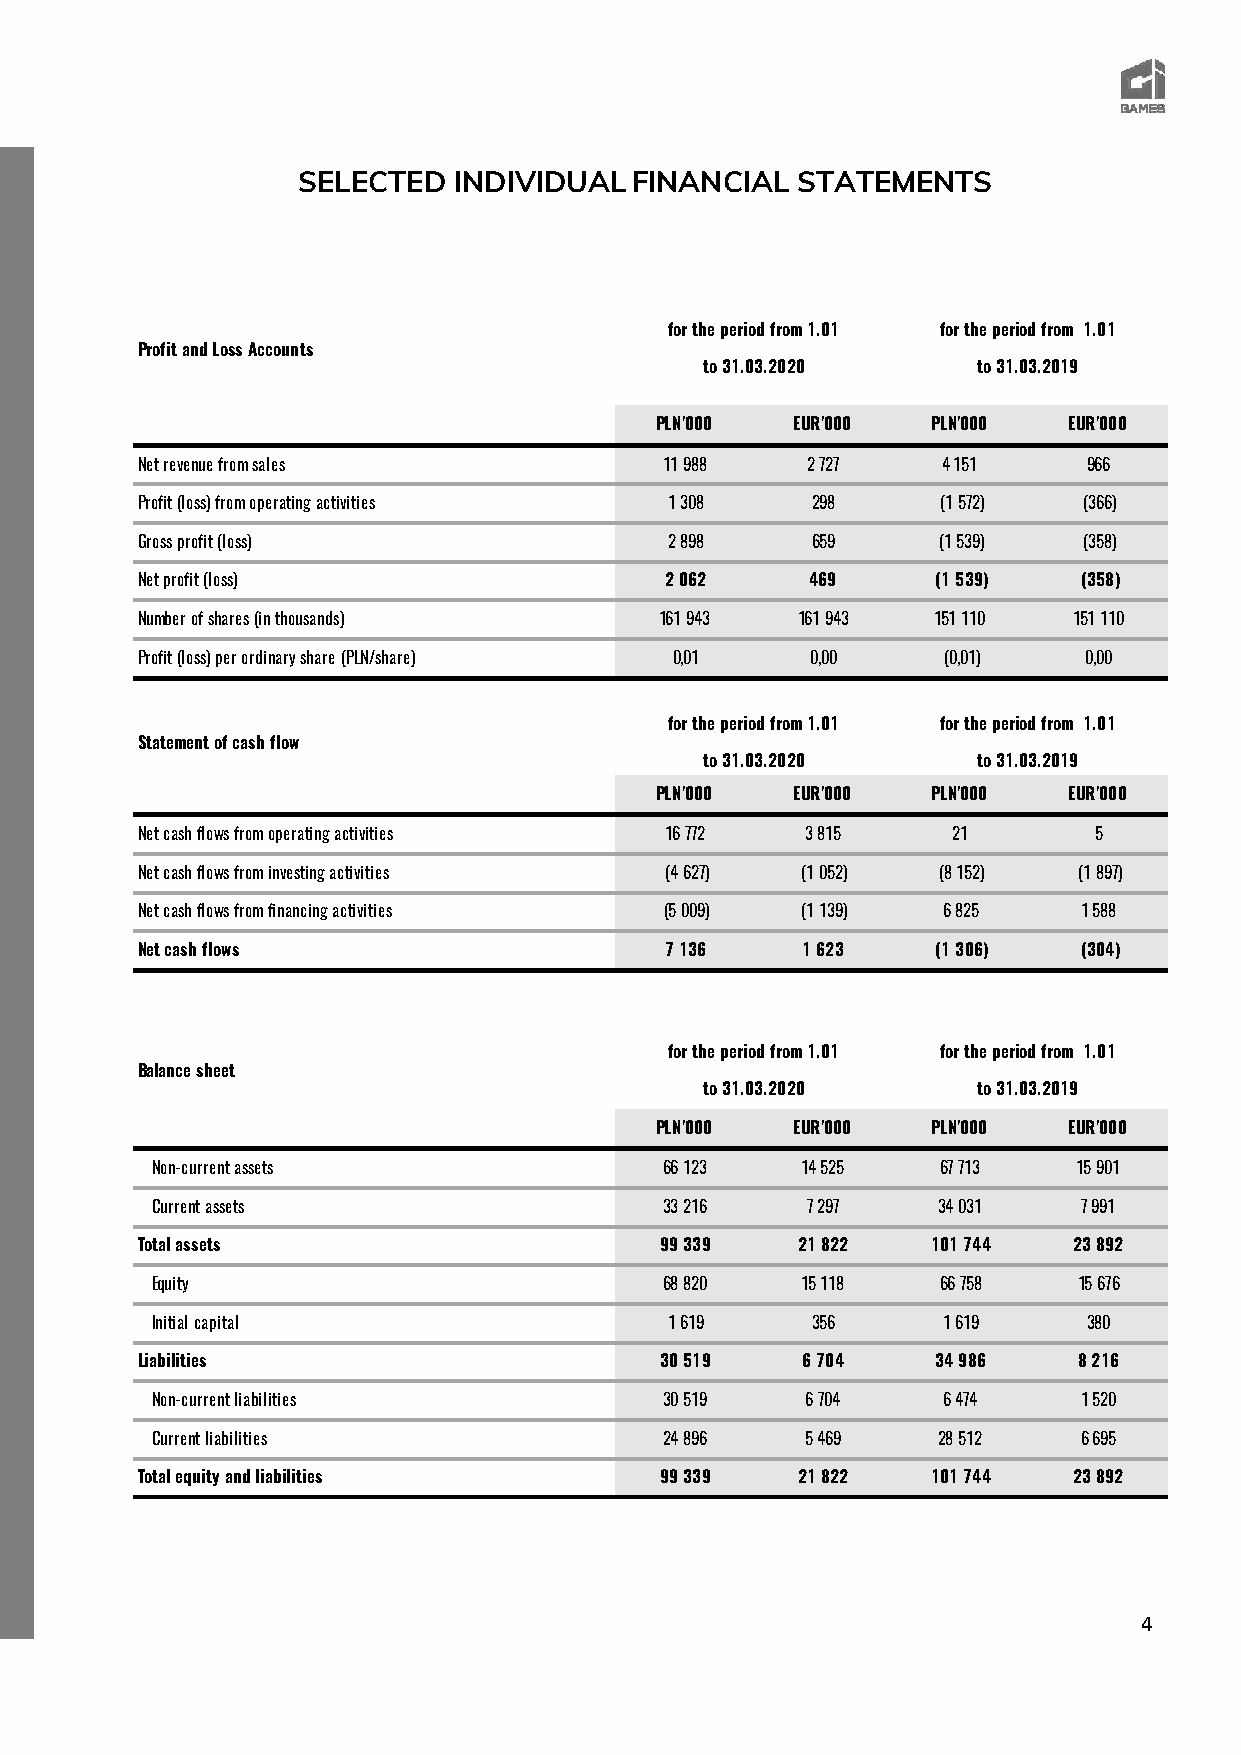
SELECTED  INDIVIDUALFINANCIAL    STATEMENTS
 for the period from 1.01 for the period from 1.01
 Profit and Loss Accounts
 to 31.03.2020     to 31.03.2019
 PLN'000  EUR'000   PLN'000  EUR'000
 Net revenue from sales             11 988   2 727    4 151     966
 Profit (loss) from operating activities 1 308 298    (1 572)   (366)
 Gross profit (loss)                2 898     659     (1 539)   (358)
 Net profit (loss)                  2 062     469     (1 539)   (358)
 Number of shares (in thousands)    161 943  161 943  151 110  151 110
 Profit (loss) per ordinary share (PLN/share) 0,01 0,00 (0,01)  0,00
 for the period from 1.01 for the period from 1.01
 Statement of cash flow
 to 31.03.2020     to 31.03.2019
 PLN'000  EUR'000   PLN'000  EUR'000
 Net cash flows from operating activities 16 772 3 815 21       5
 Net cash flows from investing activities (4 627) (1 052) (8 152) (1 897)
 Net cash flows from financing activities (5 009) (1 139) 6 825 1 588
 Net cash flows                     7 136    1 623    (1 306)   (304)
 for the period from 1.01 for the period from 1.01
 Balance sheet
 to 31.03.2020     to 31.03.2019
 PLN'000  EUR'000   PLN'000  EUR'000
 Non-current assets                66 123   14 525   67 713   15 901
 Current assets                    33 216   7 297    34 031    7 991
 Total assets                       99 339   21 822   101 744  23 892
 Equity                            68 820   15 118   66 758   15 676
 Initial capital                   1 619     356     1 619     380
 Liabilities                        30 519   6 704    34 986   8 216
 Non-current liabilities           30 519   6 704    6 474     1 520
 Current liabilities               24 896   5 469    28 512    6 695
 Total equity and liabilities       99 339   21 822   101 744  23 892
 4